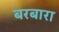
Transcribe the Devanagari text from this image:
बरबारा